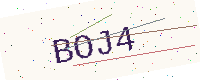
Text: BOJ4